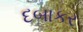
દબાકર